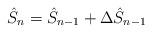
LaTeX: \begin{align*}\hat S_n=\hat S_{n-1}+\Delta \hat S_{n-1}\end{align*}